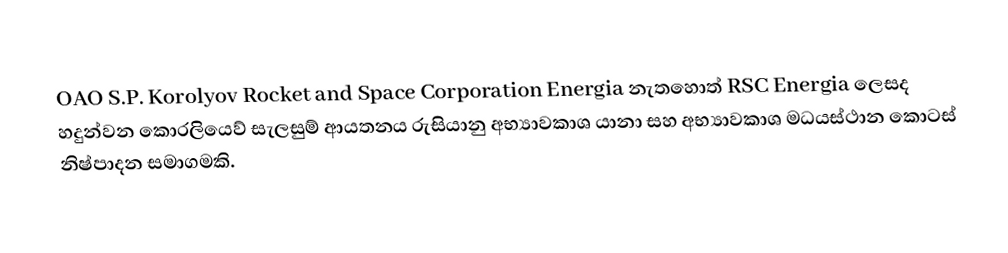
OAO S.P. Korolyov Rocket and Space Corporation Energia නැතහොත් RSC Energia ලෙසද හදුන්වන කොරලියෙව් සැලසුම් ආයතනය රුසියානු අභ්‍යාවකාශ යානා සහ අභ්‍යාවකාශ මධයස්ථාන කොටස් නිෂ්පාදන සමාගමකි.